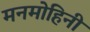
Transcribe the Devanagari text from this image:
मनमोहिनी